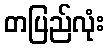
တပြည်လုံး